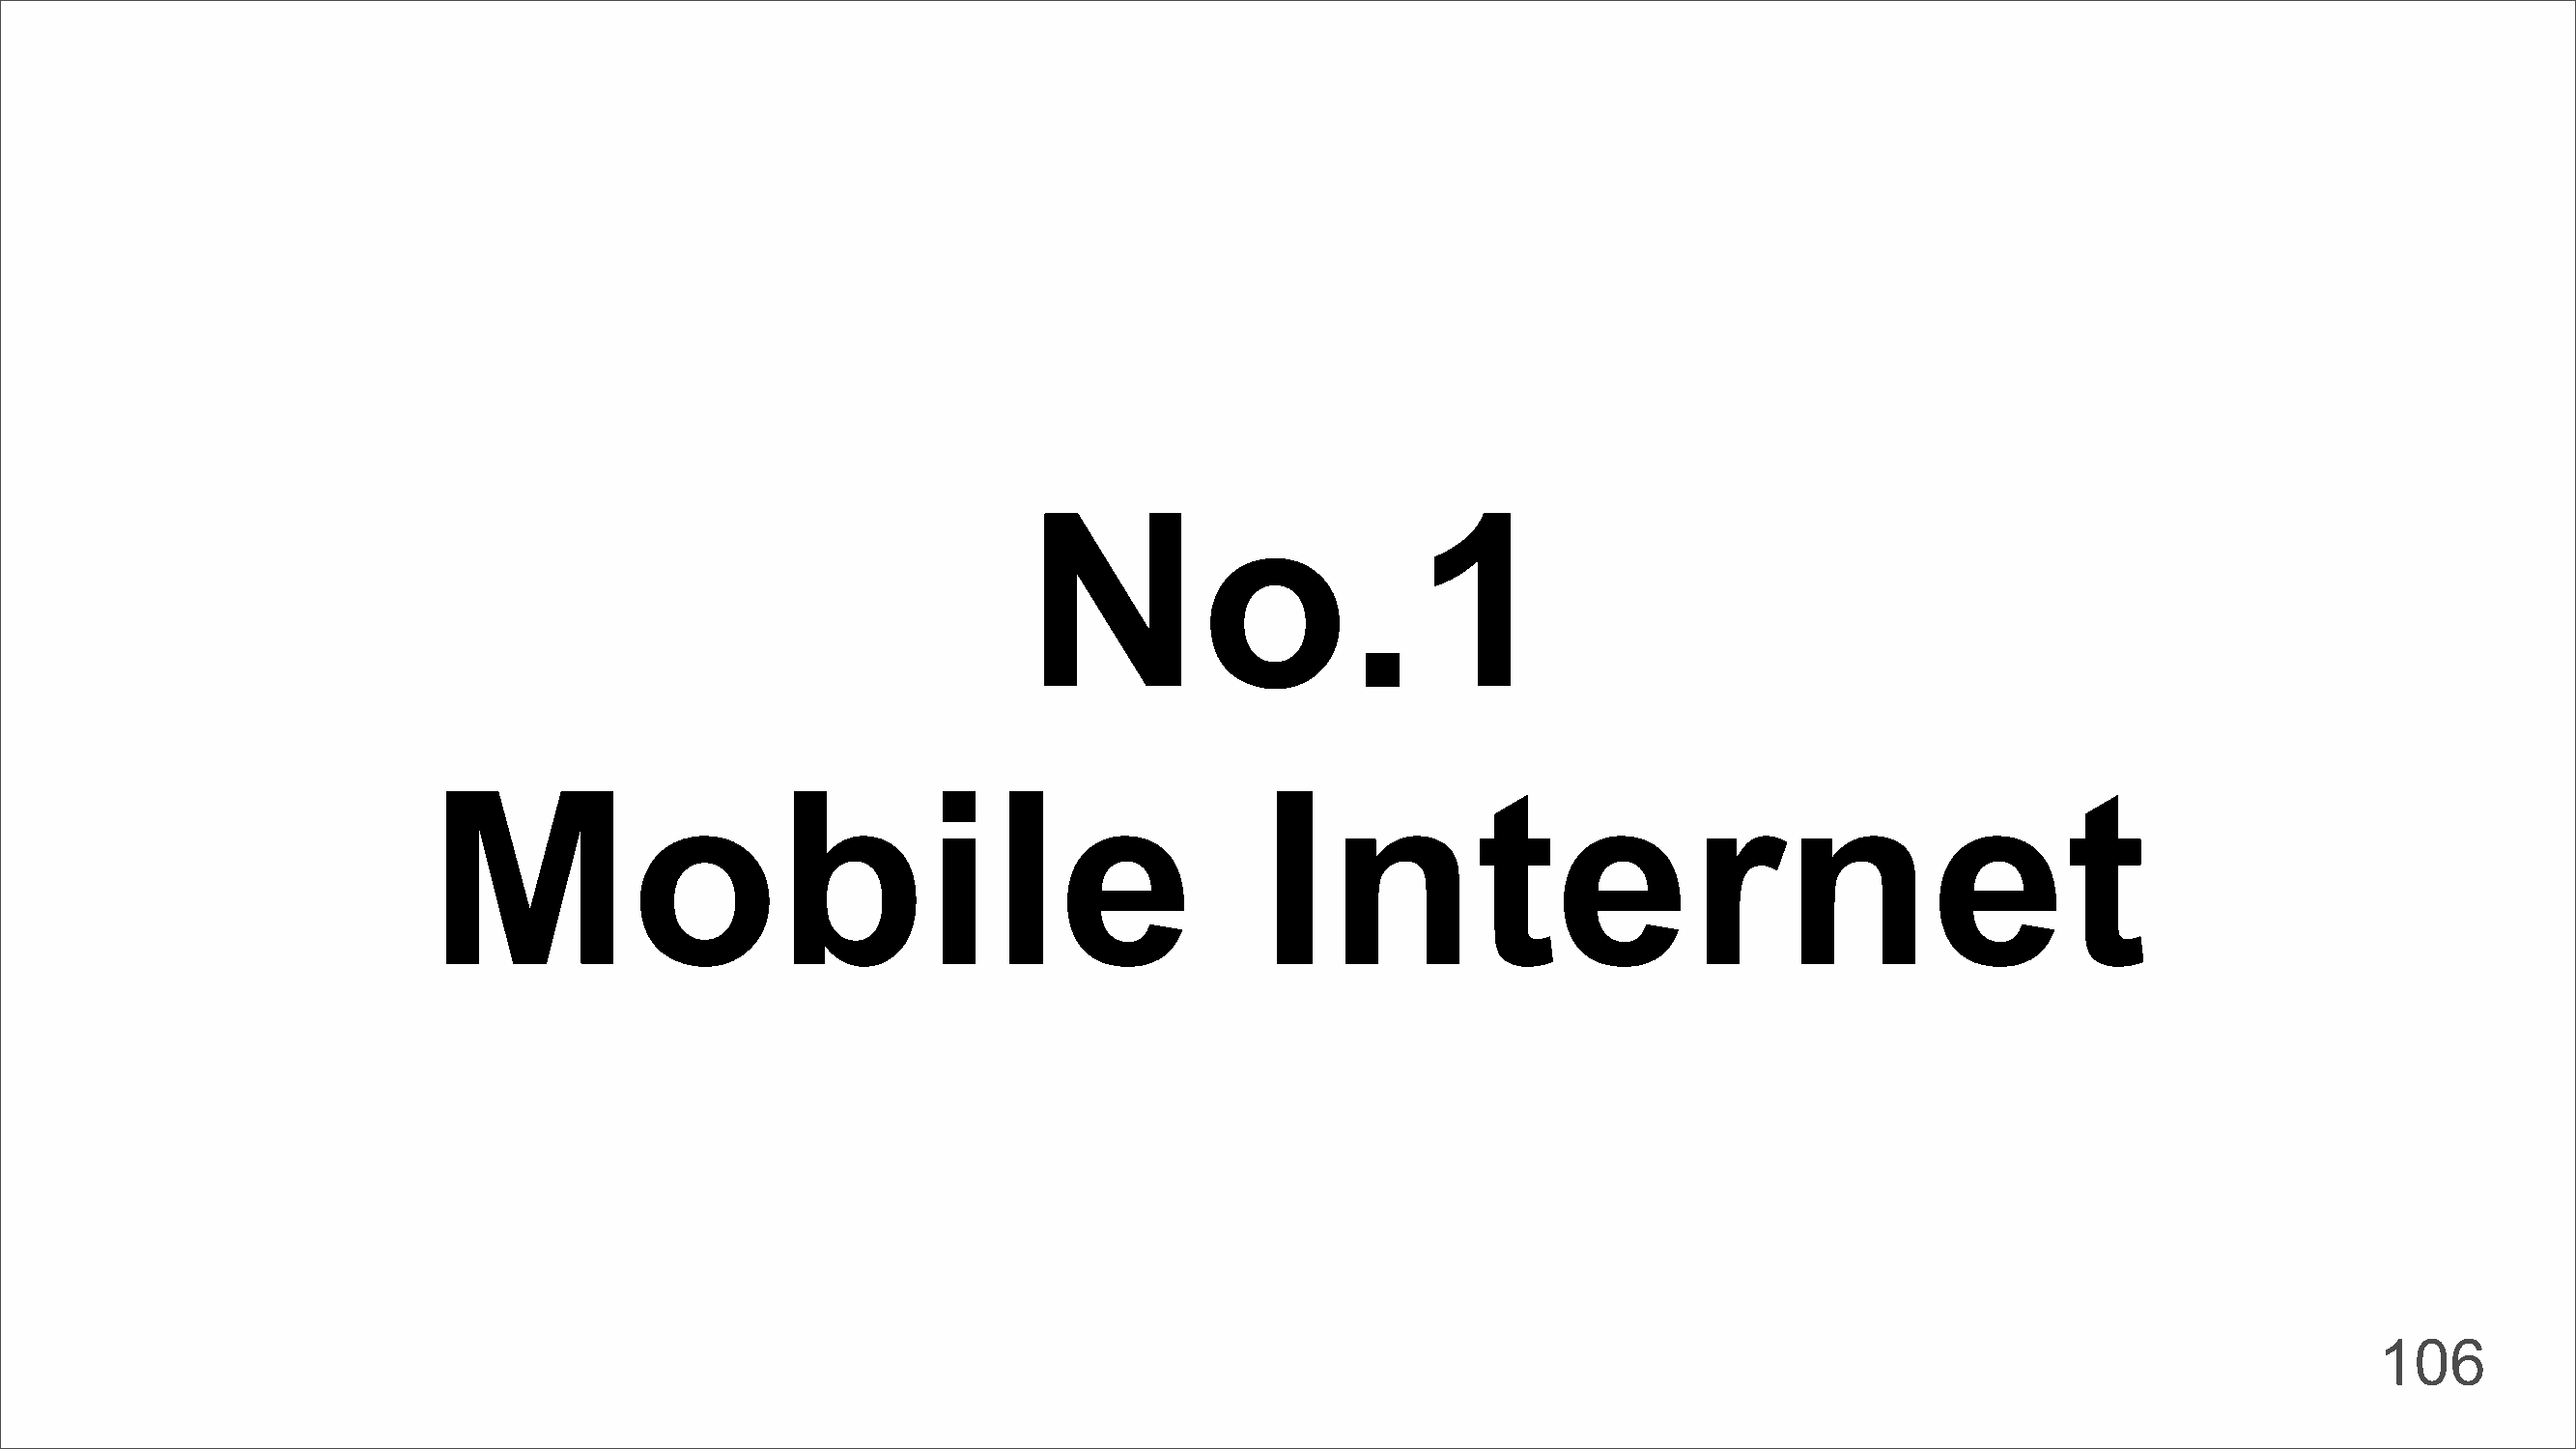
No.1
 Mobile                                                   Internet
 106